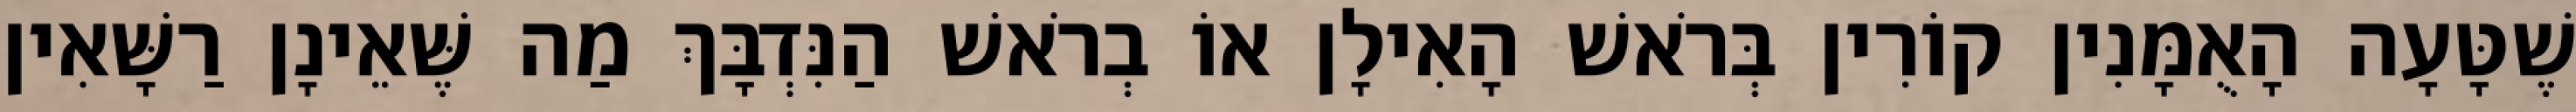
שֶׁטָּעָה הָאֻמָּנִין קוֹרִין בְּרֹאשׁ הָאִילָן אוֹ בְרֹאשׁ הַנִּדְבָּךְ מַה שֶּׁאֵינָן רַשָּׁאִין